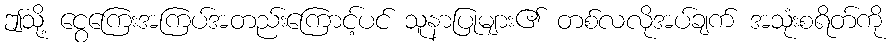
ဤသို့ ငွေကြေးအကြပ်အတည်းကြောင့်ပင် သူနာပြုများ၏ တစ်လလိုအပ်ချက် အသုံးစရိတ်ကို